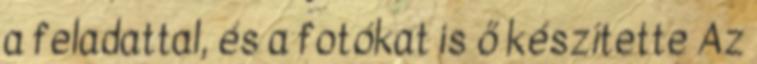
a feladattal, és a fotókat is ő készítette Az